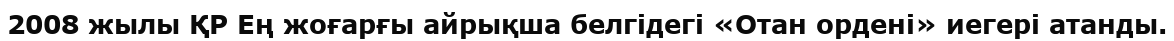
2008 жылы ҚР Ең жоғарғы айрықша белгідегі «Отан ордені» иегері атанды.